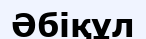
Әбіқұл